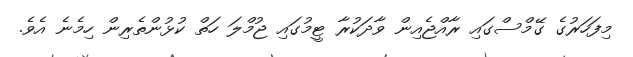
މިފަހަރުގެ ގޭމްސްގައި ރާއްޖެއިން ވާދަކުރާ ޓީމުގައި ޖުމްލަ ހަތް ކުޅުންތެރިން ހިމެނެ އެވެ.